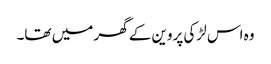
وہ اس لڑکی پروین کے گھر میں تھا۔